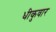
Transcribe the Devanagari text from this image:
धीकुवार